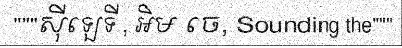
"""ស៊ីឡេទី , អិម ចេ, Sounding the"""